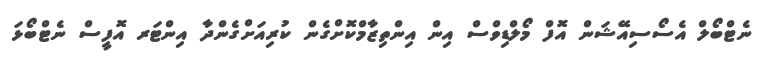
ނެޓްބޯލް އެސޯސިއޭޝަން އޮފް މޯލްޑިވްސް އިން އިންތިޒާމްކޮށްގެން ކުރިއަށްގެންދާ އިންޓަރ އޮފީސް ނެޓްބޯޅަ